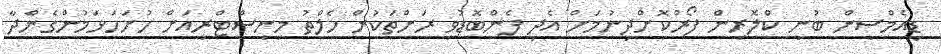
ޑީއެމްސީން ބުނީ ކްލޮރިން ފޯރުކޮށްދިނުމަށް އެދި ފެންބޮޑުވި ރަށްތަކުން ހެލްތު މިނިސްޓްރީއަށް ހުށަހަޅަމުންގެންދާ